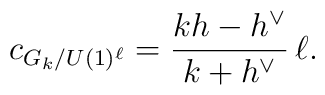
c_{G_k/U(1)^{\ell}}=\frac{kh-h^{\vee}}{k + h^\vee}\,\ell .